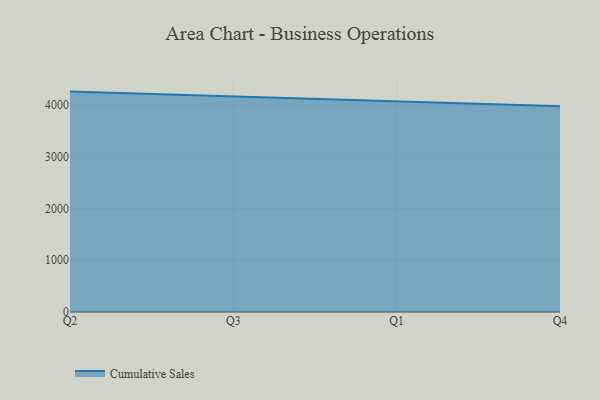
{"axis": {"x": "Quarter", "y": "Website Visitors"}, "legend": ["Cumulative Sales"], "data": [{"x": "Q2", "y": 4257.2, "type": "Cumulative Sales"}, {"x": "Q3", "y": 4162.9, "type": "Cumulative Sales"}, {"x": "Q1", "y": 4082.2, "type": "Cumulative Sales"}, {"x": "Q4", "y": 3974.1, "type": "Cumulative Sales"}]}